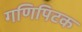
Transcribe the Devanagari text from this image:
गणिपिटक